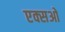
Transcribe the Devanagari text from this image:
एक्सओ